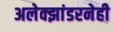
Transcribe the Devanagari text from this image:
अलेक्झांडरनेही